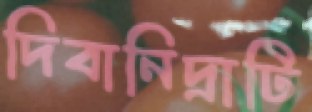
দিবানিদ্রাটি